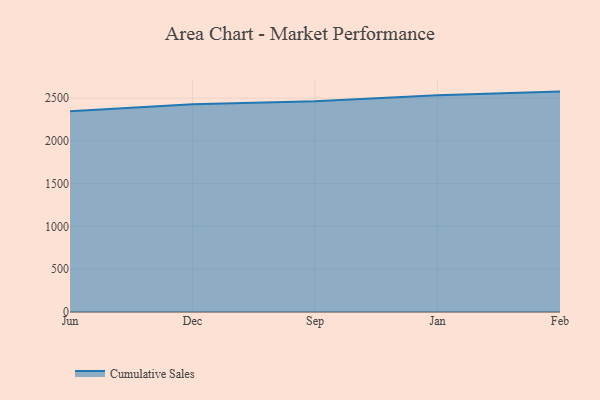
{"axis": {"x": "Month", "y": "Tickets Resolved"}, "legend": ["Cumulative Sales"], "data": [{"x": "Jun", "y": 2347.3, "type": "Cumulative Sales"}, {"x": "Dec", "y": 2427.5, "type": "Cumulative Sales"}, {"x": "Sep", "y": 2464.4, "type": "Cumulative Sales"}, {"x": "Jan", "y": 2533.6, "type": "Cumulative Sales"}, {"x": "Feb", "y": 2575.8, "type": "Cumulative Sales"}]}